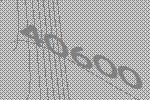
40600